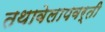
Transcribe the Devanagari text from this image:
तथावेलापवर्ती